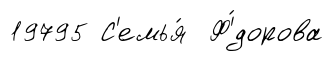
19795 С'емья́ Ф'́дорова